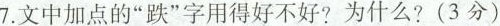
7.文中加点的”跌”字用得好不好?为什么?(3分)非常x